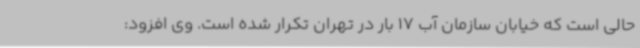
حالی است که خیابان سازمان آب 17 بار در تهران تکرار شده است. وی افزود: